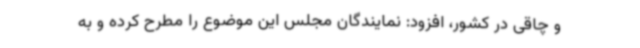
و چاقی در کشور، افزود: نمایندگان مجلس این موضوع را مطرح کرده و به